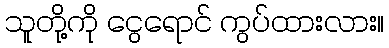
သူတို့ကို ငွေရောင် ကွပ်ထားလား။